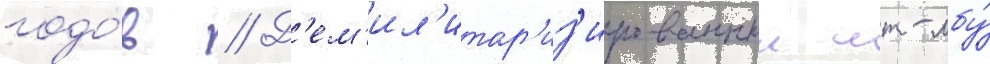
годо́в // Д'ем'ил'итар'из'ированныи мт-лбу́